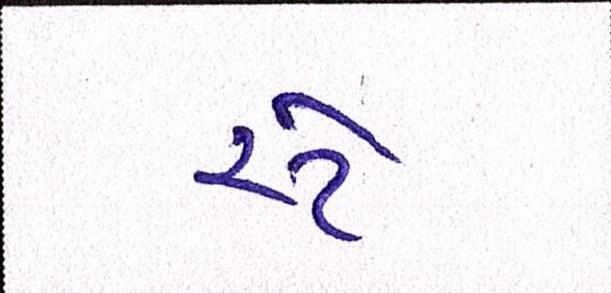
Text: સ્ટે